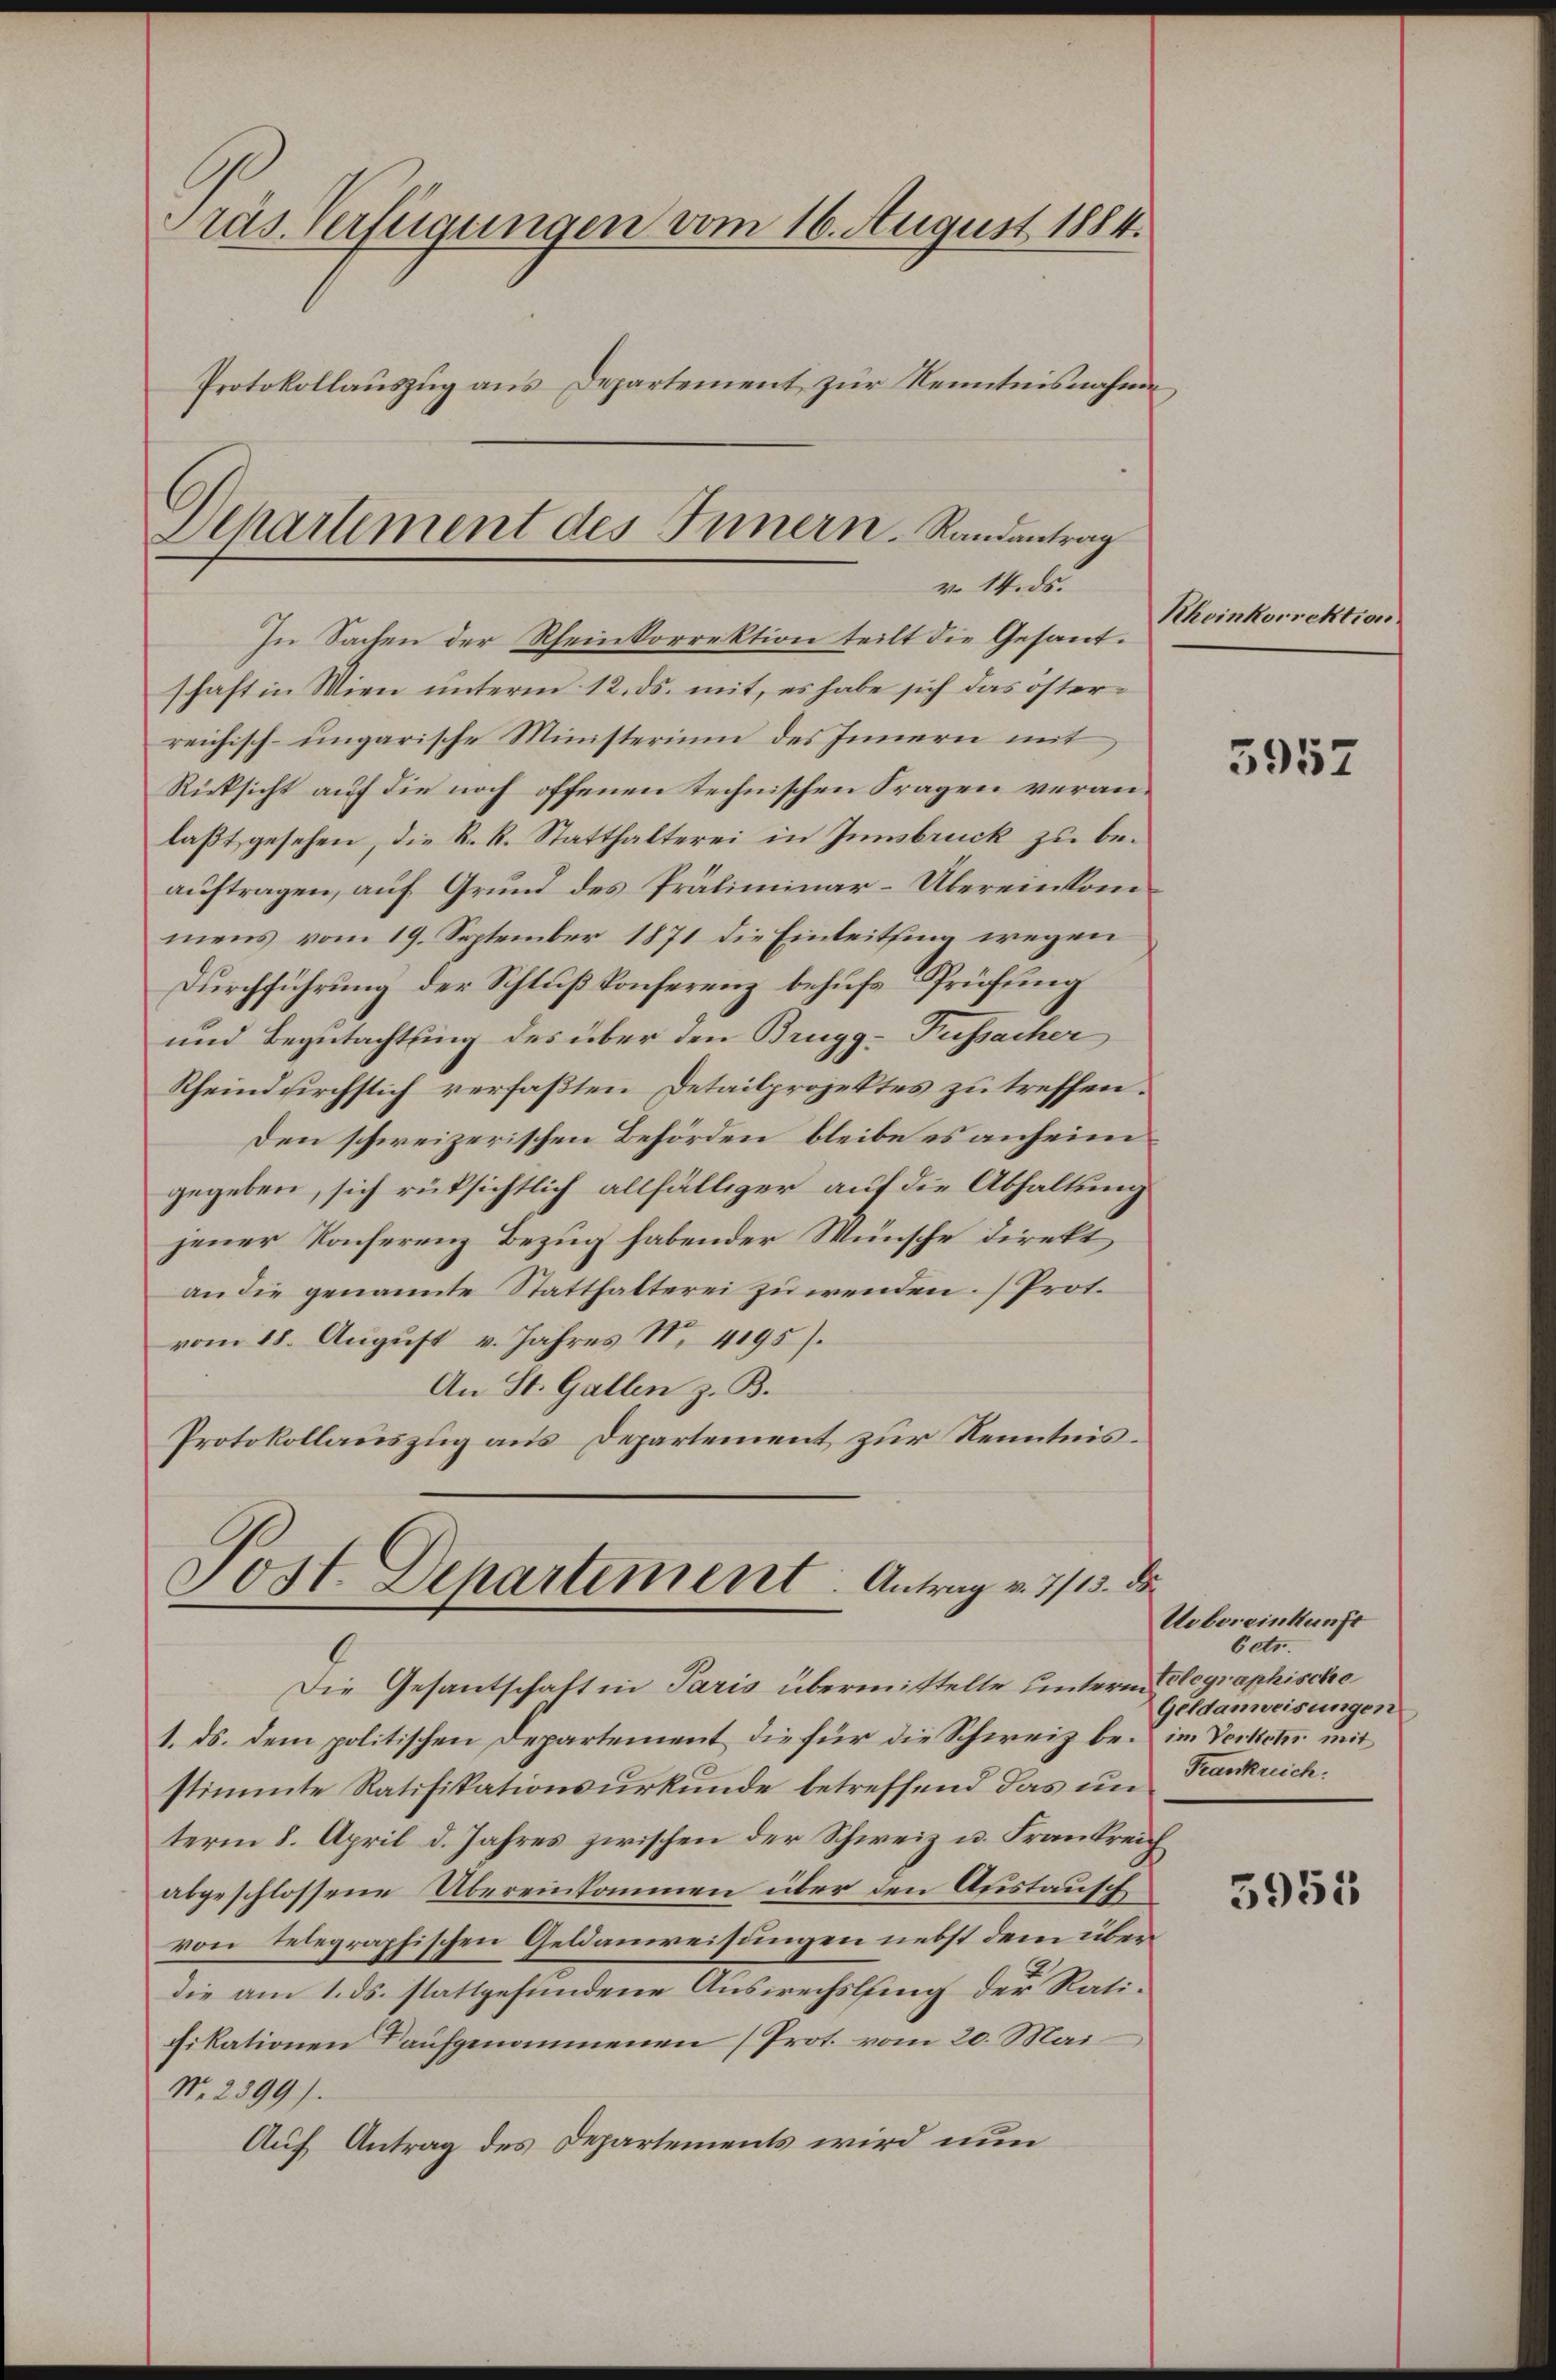
Präs. Verfügungen vom 16. August 1884.
Protokollauszug aus Departement zur Kenntnisnahme

schaft in Wien unterm 12. ds. mit, es habe sich das österreichisch-ungarische Ministerium des Innern mit
Rücksicht auf die noch offenen technischen Fragen veranlaßt gesehen, die R. R. Statthalterei in Innsbruck zu beauftragen, auf Grund des Präliminar-Übereinkommens vom 19. September 1871 die Einleitsing wegen
Durchführung der Schluß Konferenz behufs Sprüfung
und Begutachtung des über den Brugg-Fussacher
Rheindurchstich verfaßten Detailprojektes zu treffen.
Den schweizerischen Behörden bleibe es anheim
gegeben, sich rüksichtlich allfälliger auf die Abhaltung
jener Konferenz Bezug habender Wünsche direkt
an die genannte Statthalterei zu wenden. (Prot.
vom 18. August v. Jahres No 4195).
An St. Gallen z. B.
Protokollauszug aus Departement zur Kenntnis¬

Dehartement des Innern. Randantrag
v. 14. ds.
In Sachen der Rheinkorrektion teilt die Gesand¬

Jost Departement. Antrag v. 7/13. de

Die Gesantschaft in Paris übermittelte unterm Glographische
1. ds. dem politischen Departement die für die Schweiz bei im Verket mit
stimmte Ratifikationsurkunde betreffend das un
term 8. April d. Jahres zwischen der Schweiz u. Frankreich
abgeschlossene Übereinkommen über den Austausch
von telegraphischen Geldanweisungen nebst dem über
die am 1. ds. stattgefundene Auswechslung der Ratifikationen aufgenommenen (Prot. vom 20. Mai
No. 2399).
Auf Antrag des Departements wird nun

Rhoinkorrektion

5957

Uebereinkunft
betr.
Geldanweisungen
Frankreich:

5955